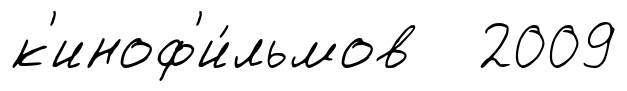
к'иноф'и́льмов 2009